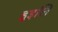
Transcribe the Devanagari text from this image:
हुइलि